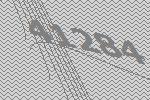
41284